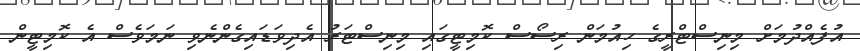
އުފެއްދުމަށް މިނިސްޓްރީގެ ހިއުމަން ރިސޯސް ކޮމިޓީގައި މިނިސްޓަރު އެދިވަޑައިގެންނެވި ނަމަވެސް އެ ކޮމިޓީން